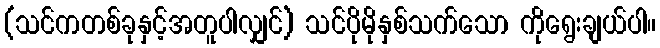
(သင်ကတစ်ခုနှင့်အတူပါလျှင်) သင်ပိုမိုနှစ်သက်သော ကိုရွေးချယ်ပါ။